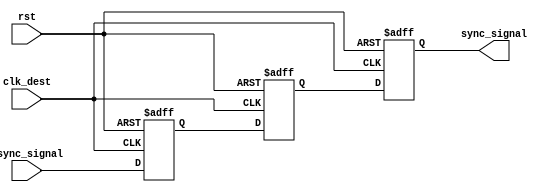
module triple_flip_flop_synchronizer (
    input wire clk_dest,       // Destination clock
    input wire async_signal,   // Asynchronous input signal
    input wire rst,            // Reset signal
    output reg sync_signal      // Synchronized output signal
);

    // Internal signals for the flip-flops
    reg ff1;
    reg ff2;
    
    // Triple Flip-Flop Synchronizer
    always @(posedge clk_dest or posedge rst) begin
        if (rst) begin
            ff1 <= 1'b0;       // Reset FF1
            ff2 <= 1'b0;       // Reset FF2
            sync_signal <= 1'b0; // Reset output
        end else begin
            ff1 <= async_signal; // Sample async_signal into FF1
            ff2 <= ff1;          // Sample FF1 output into FF2
            sync_signal <= ff2;  // Sample FF2 output into sync_signal
        end
    end

endmodule